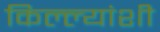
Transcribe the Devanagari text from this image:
किल्ल्यांशी